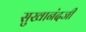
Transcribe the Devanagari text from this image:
सुखानंदजी